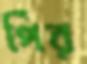
পিঁর